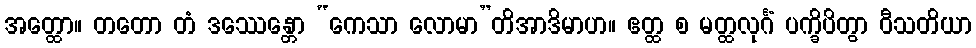
အတ္ထော။ တတော တံ ဒဿေန္တော “ကေသာ လောမာ”တိအာဒိမာဟ။ ဧတ္ထ စ မတ္ထလုင်္ဂံ ပက္ခိပိတွာ ဝီသတိယာ